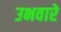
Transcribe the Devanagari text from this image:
उभवारे